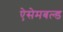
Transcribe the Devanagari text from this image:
ऐसेमबल्ड